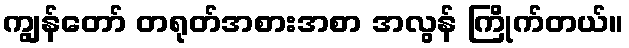
ကျွန်တော် တရုတ်အစားအစာ အလွန် ကြိုက်တယ်။